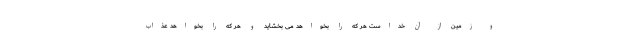
و زمين از آن خداست هر كه را بخواهد مى بخشايد و هر كه را بخواهد عذاب